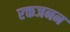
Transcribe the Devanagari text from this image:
रक्तजनन